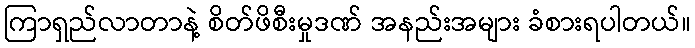
ကြာရှည်လာတာနဲ့ စိတ်ဖိစီးမှုဒဏ် အနည်းအများ ခံစားရပါတယ်။